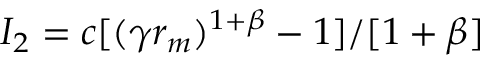
I _ { 2 } = c [ ( \gamma r _ { m } ) ^ { 1 + \beta } - 1 ] / [ 1 + \beta ]